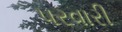
૫રવારી